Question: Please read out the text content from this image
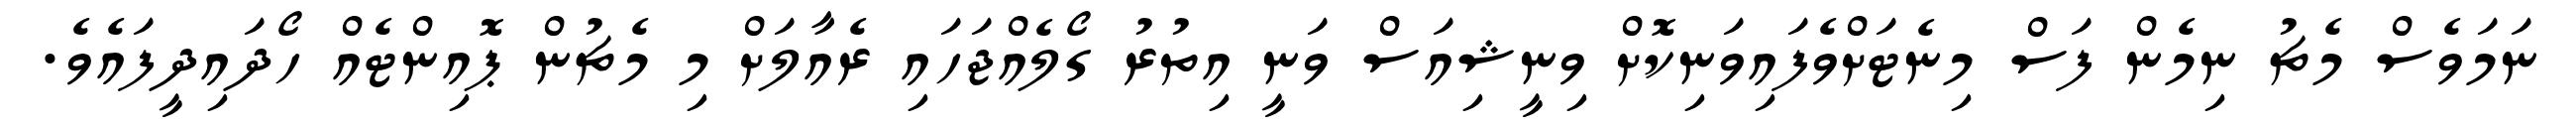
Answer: ނަމަވެސް މެޗު ނިމެން ފަސް މިނެޓަށްވެފައިވަނިކޮށް ވިނީޝިއަސް ވަނީ އިތުރު ގޯލެއްޖަހައި ރެއާލަށް މި މެޗުން ޕޮއިންޓެއް ހޯދައިދީފައެވެ.